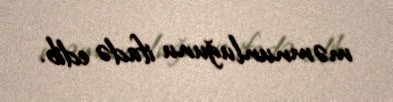
məmnunluğunu ifadə edib.